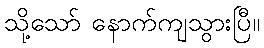
သို့သော် နောက်ကျသွားပြီ။